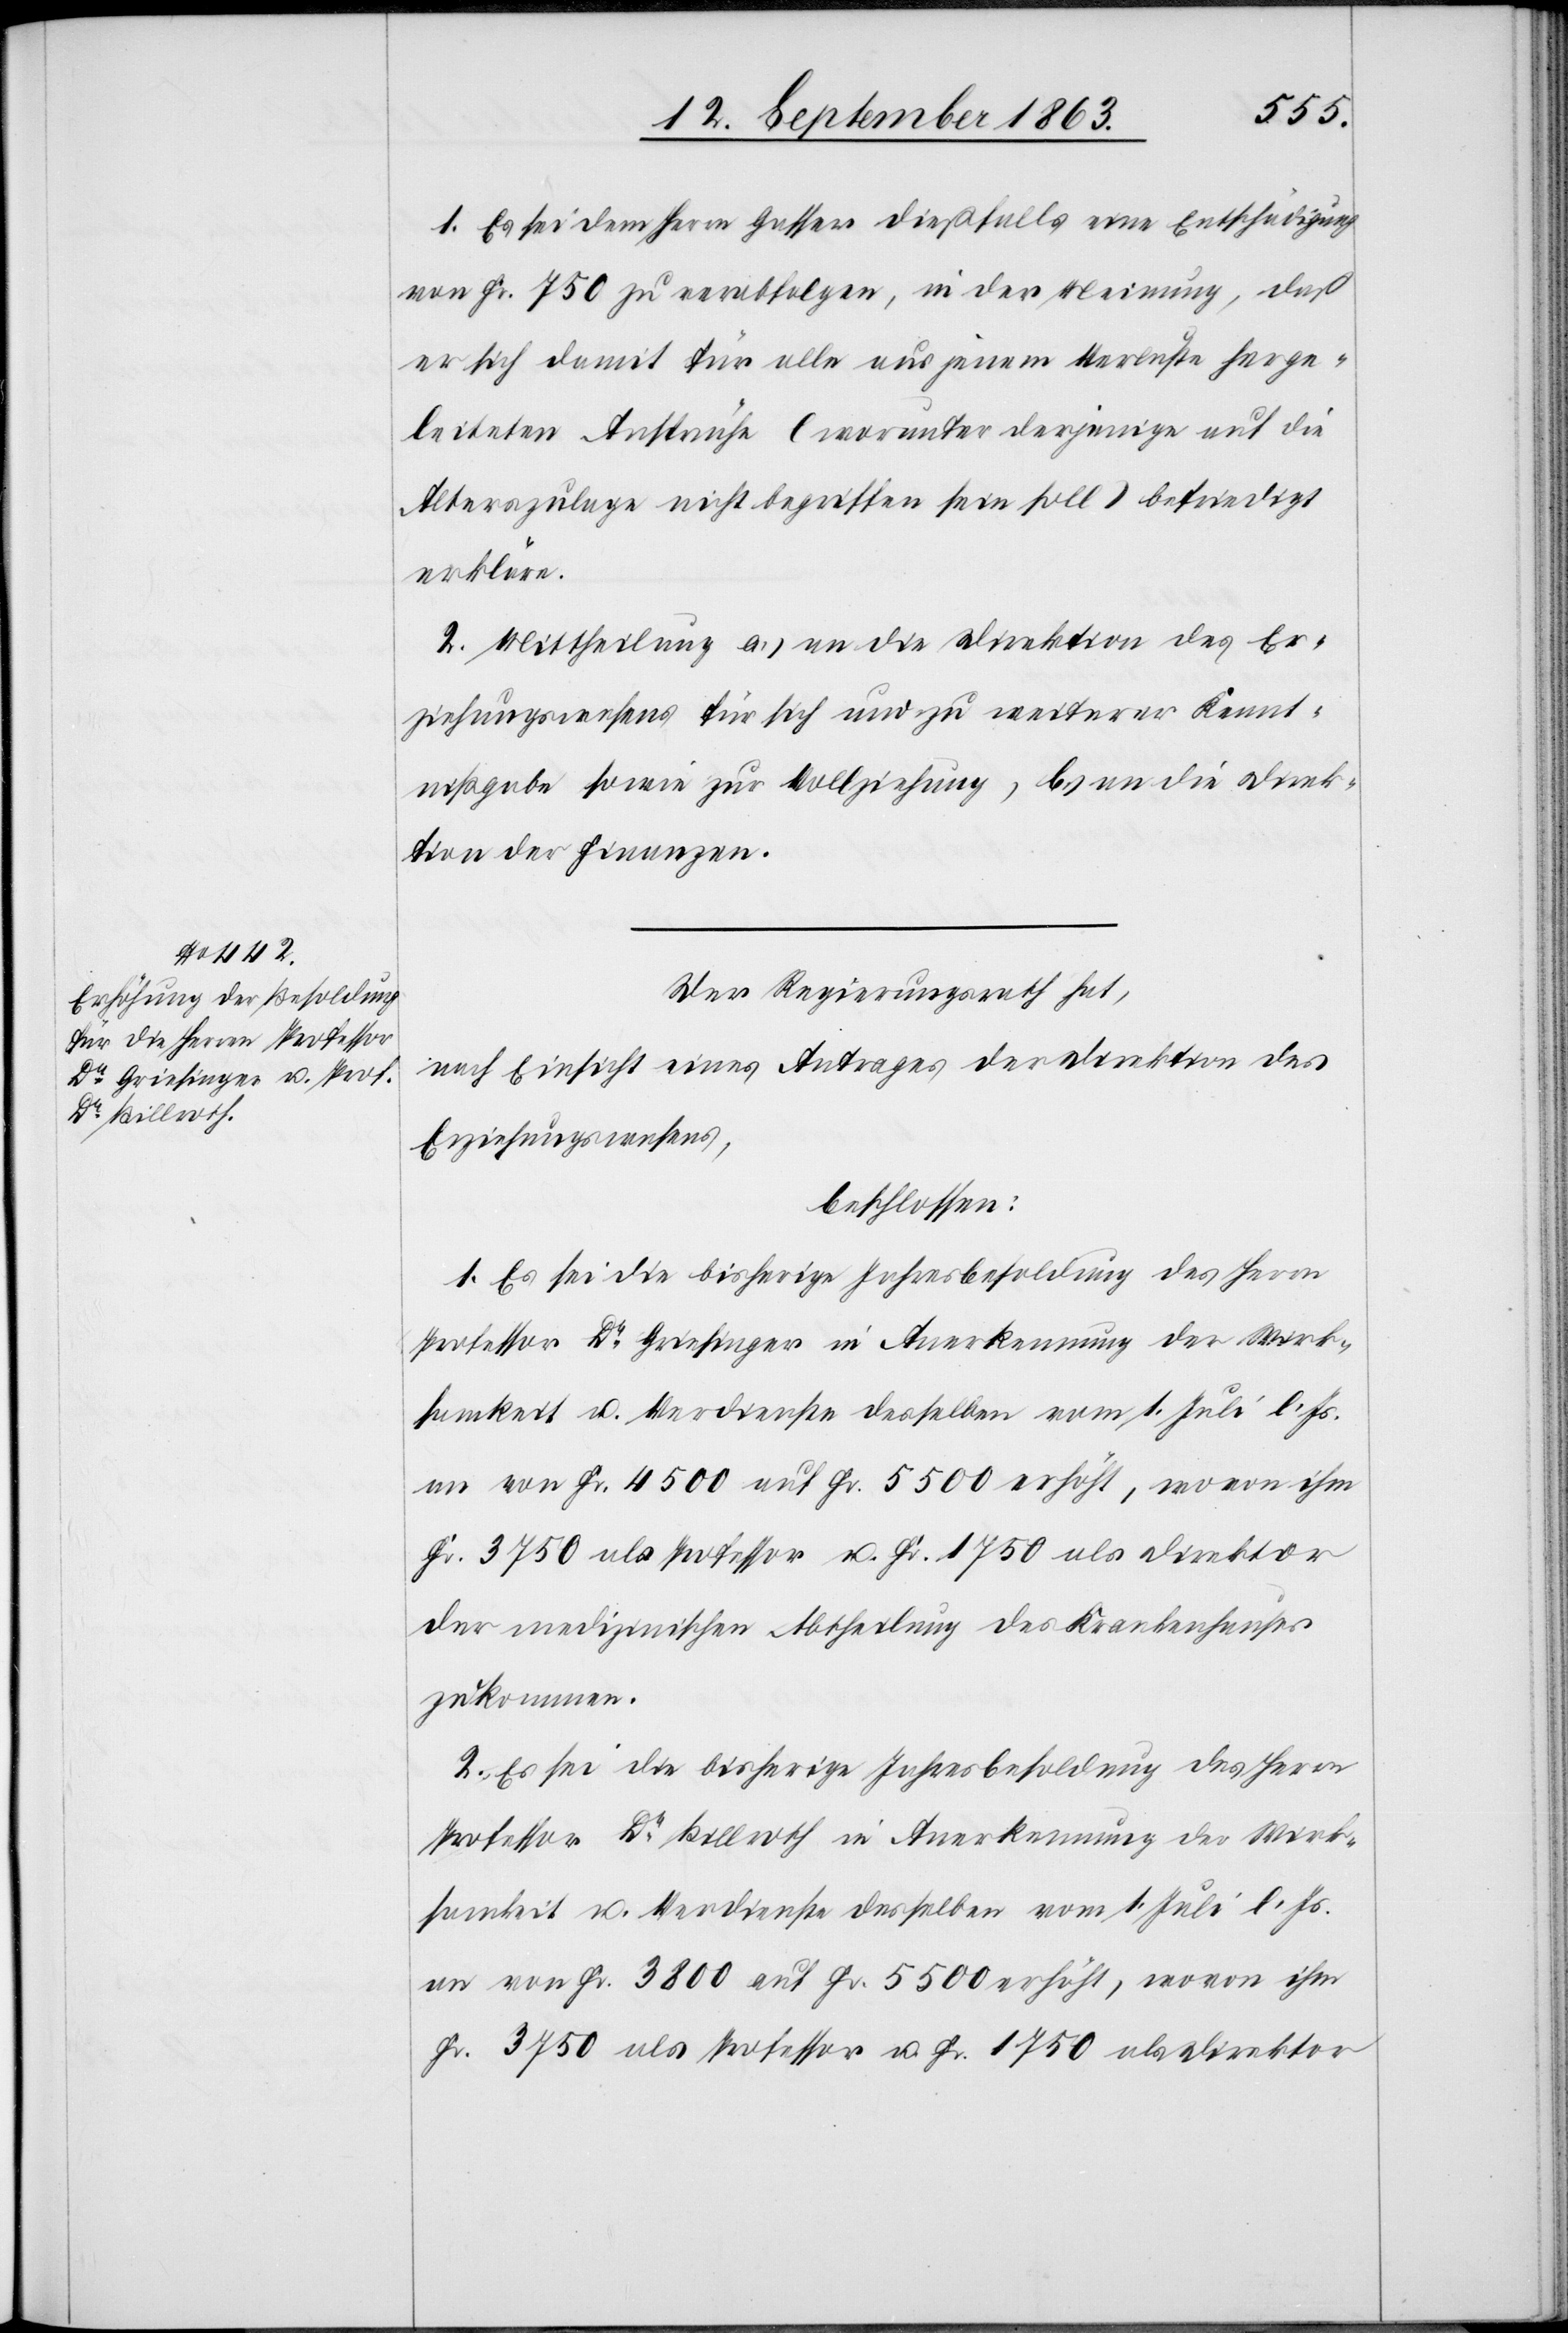
1. Es sei dem Herrn Gasser dießfalls eine Entschädigung
von Fr. 750 zu verabfolgen, in der Meinung, daß
er sich damit für alle aus jenem Verluste herge¬
leiteten Ansprüche (worunter derjenige auf die
Alterszulage nicht begriffen sein soll) befriedigt
erkläre.
2. Mittheilung a.) an die Direktion des Er¬
ziehungswesens für sich und zu weiterer Kennt¬
nißgabe sowie zur Vollziehung, b.) an die Direk¬
tion der Finanzen.
Der Regierungsrath hat,
nach Einsicht eines Antrages der Direktion des
Erziehungswesens,
beschlossen:
1. Es sei die bisherige Jahresbesoldung des Herrn
Professor Dr Griesinger in Anerkennung der Wirk¬
samkeit u. Verdienste desselben vom 1. Juli l. Js.
an von Fr. 4500 auf Fr. 5500 erhöht, wovon ihm
der medizinischen Abtheilung des Krankenhauses
zukommen.
2. Es sei die bisherige Jahresbesoldung des Herrn
Professor Dr Billroth in Anerkennung der Wirk¬
samkeit u. Verdienste desselben vom 1. Juli l. Js.
an von Fr. 3800 auf Fr. 5500 erhöht, wovon ihm
Fr. 3750 als Professor u. Fr. 1750 als Direktor